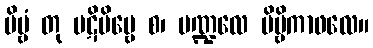
ဗိမ္ဗံ တု ပဋိဗိမ္ဗေ စ၊ မဏ္ဍလေ ဗိမ္ဗိကာဖလေ။